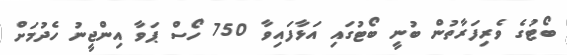
ބޯޓުގެ ވެރިފަރާތުން ބުނީ ބޯޓުގައި އަޅާފައިވާ 750 ހޯސް ޕަވާ އިންޖީނު ހެދުމަށް